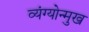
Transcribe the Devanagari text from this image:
व्यंग्योन्मुख